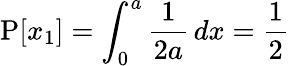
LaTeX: \operatorname{P}[x_{1}]=\int_{0}^{a}{\frac{1}{2a}}\, dx={\frac{1}{2}}